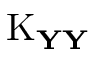
\operatorname { K } _ { \mathbf { Y Y } }